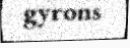
gyrons